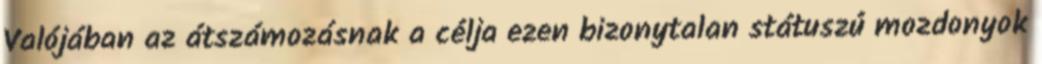
Valójában az átszámozásnak a célja ezen bizonytalan státuszú mozdonyok